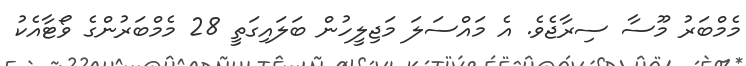
މެމްބަރު މޫސާ ސިރާޖެވެ. އެ މައްސަލަ މަޖިލީހުން ބަލައިގަތީ 28 މެމްބަރުންގެ ވޯޓާއެކު